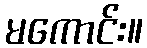
မကောင်း။